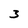
Character: 3